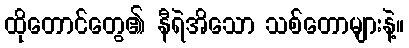
ထိုတောင်တွေ၏ နီရဲအိသော သစ်တောများနဲ့။